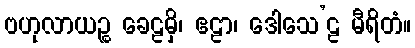
ဗဟုလာယဉ္စ ခေဠမှိ၊ ဧဠာ၊ ဒေါသေ’ဠ မီရိတံ။